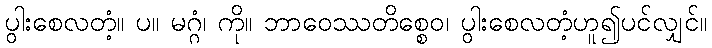
ပွါးစေလတံ့။ ပ။ မဂ္ဂံ၊ ကို။ ဘာဝေဿတိစ္စေဝ၊ ပွါးစေလတံ့ဟူ၍ပင်လျှင်။